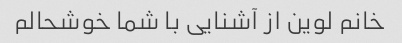
خانم لوین از آشنایی با شما خوشحالم